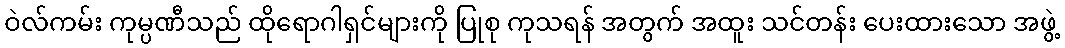
ဝဲလ်ကမ်း ကုမ္ပဏီသည် ထိုရောဂါရှင်များကို ပြုစု ကုသရန် အတွက် အထူး သင်တန်း ပေးထားသော အဖွဲ့